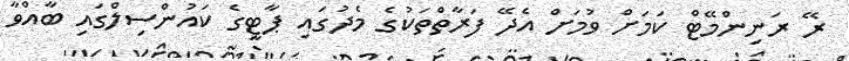
ރޭ ރަނިންމޭޓް ކަމަށް ވުމަށް އެދޭ ފަރާތްތަކުގެ މެދުގައި ޕާޓީގެ ކައުންސިލްގައި ބާއްވާ